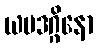
ယမဒဂ္ဂိနော